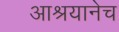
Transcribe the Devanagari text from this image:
आश्रयानेच